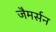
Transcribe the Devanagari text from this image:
जैमर्सन